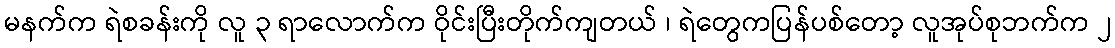
မနက်က ရဲစခန်းကို လူ ၃ ရာလောက်က ဝိုင်းပြီးတိုက်ကျတယ် ၊ ရဲတွေကပြန်ပစ်တော့ လူအုပ်စုဘက်က ၂